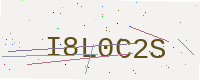
Text: I8L0C2S